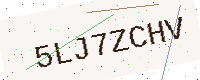
Text: 5LJ7ZCHV